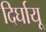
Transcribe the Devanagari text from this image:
दिर्घायू